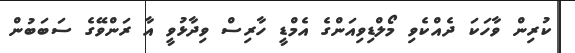
ކުރިން ވާހަކަ ދެއްކެވި މޯލްޑިވިއަންގެ އެމްޑީ ހާރިސް ވިދާޅުވީ އާ ރަންވޭގެ ސަބަބުން